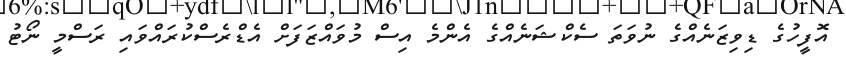
އޮފީހުގެ ޑިވިޒަނެއްގެ ނުވަތަ ސެކްޝަނެއްގެ އެންމެ އިސް މުވައްޒަފަށް އެޑްރެސްކުރައްވައި ރަސްމީ ނޯޓު